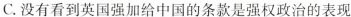
C.没有看到英国强加给中国的条款是强权政治的表现